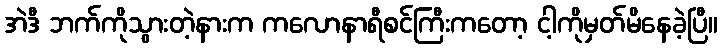
အဲဒီ ဘက်ကိုသွားတဲ့နားက ကလောနာရီစင်ကြီးကတော့ ငါ့ကိုမှတ်မိနေခဲ့ပြီ။